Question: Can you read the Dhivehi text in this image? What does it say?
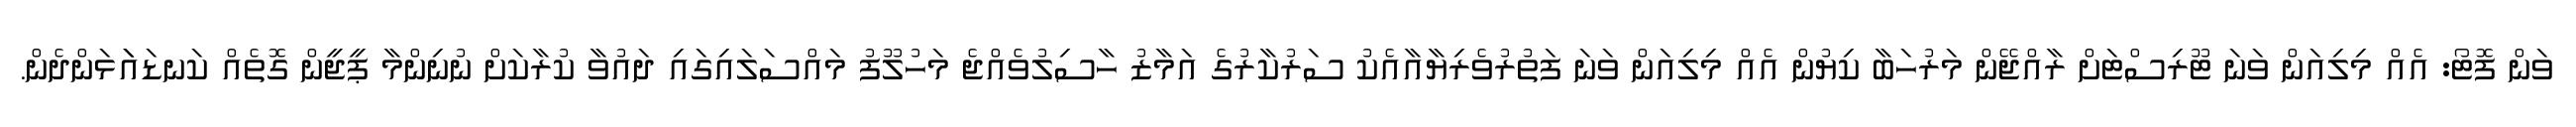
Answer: ވަން ފޮޓޯ: އެއް މިލިއަން ވަނަ ޓޫރިސްޓަށް ރާއްޖޭން މަރުހަބާ ކިޔުން އެއް މިލިއަން ވަނަ ފަތުރުވެރިޔާއާއެކު ސަރުކާރުގެ އަމާޒު ހާސިލުވެއްޖެ މަހުލޫފު މައްސަލައިގައި ދައުވާ ކުރާކަށް ނުނިންމާ ޕީޖީން ގޮތެއް ކަނޑައަަޅަންދެން.